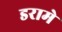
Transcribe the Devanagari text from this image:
डरामे